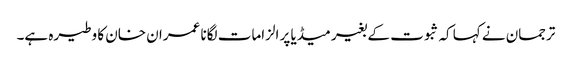
ترجمان نے کہا کہ ثبوت کے بغیر میڈیا پر الزامات لگانا عمران خان کا وطیرہ ہے۔